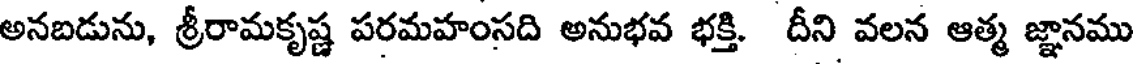
అనబడును, శ్రీరామకృష్ణ పరమహంసది అనుభవ భక్తి. దీని వలన ఆత్మ జ్ఞానము